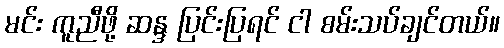
မင်း ကူညီဖို့ ဆန္ဒ ပြင်းပြရင် ငါ စမ်းသပ်ချင်တယ်။